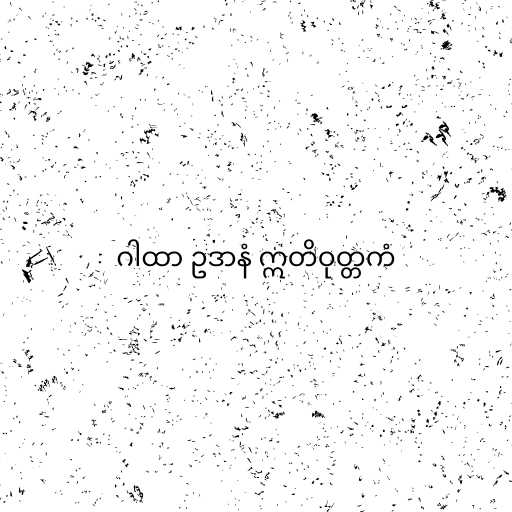
ဂါထာ ဥဒာနံ ဣတိဝုတ္တကံ